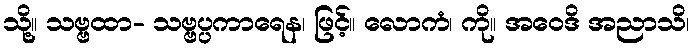
သို့။ သဗ္ဗထာ- သဗ္ဗပ္ပကာရေန၊ ဖြင့်။ လောကံ၊ ကို။ အဝေဒိ အညာသိ၊